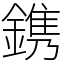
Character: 鎸